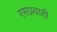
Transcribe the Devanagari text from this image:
रसप्रवाही